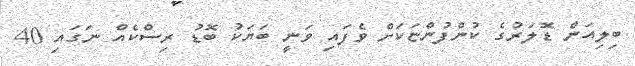
ބިލިއަން ޑޮލަރުުގެ ކުންފުންޏަކަށް ވެފައި ވަނީ ބަޔަކު ބޮޑު ރިސްކެއް ނަގައި 40